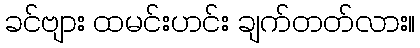
ခင်ဗျား ထမင်းဟင်း ချက်တတ်လား။